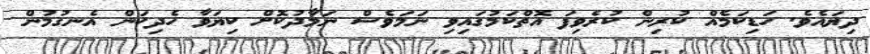
ދިޔައެވެ. ހަޑިކަމެއް ކުރިން ކުރެވިފަ އޮތްކަމުގައިވި ނަމަވެސް ނަމާދުކޮށް ކިޔަވާ ހެދިކަން އެނގުމުން